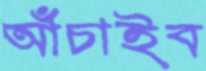
আঁচাইব